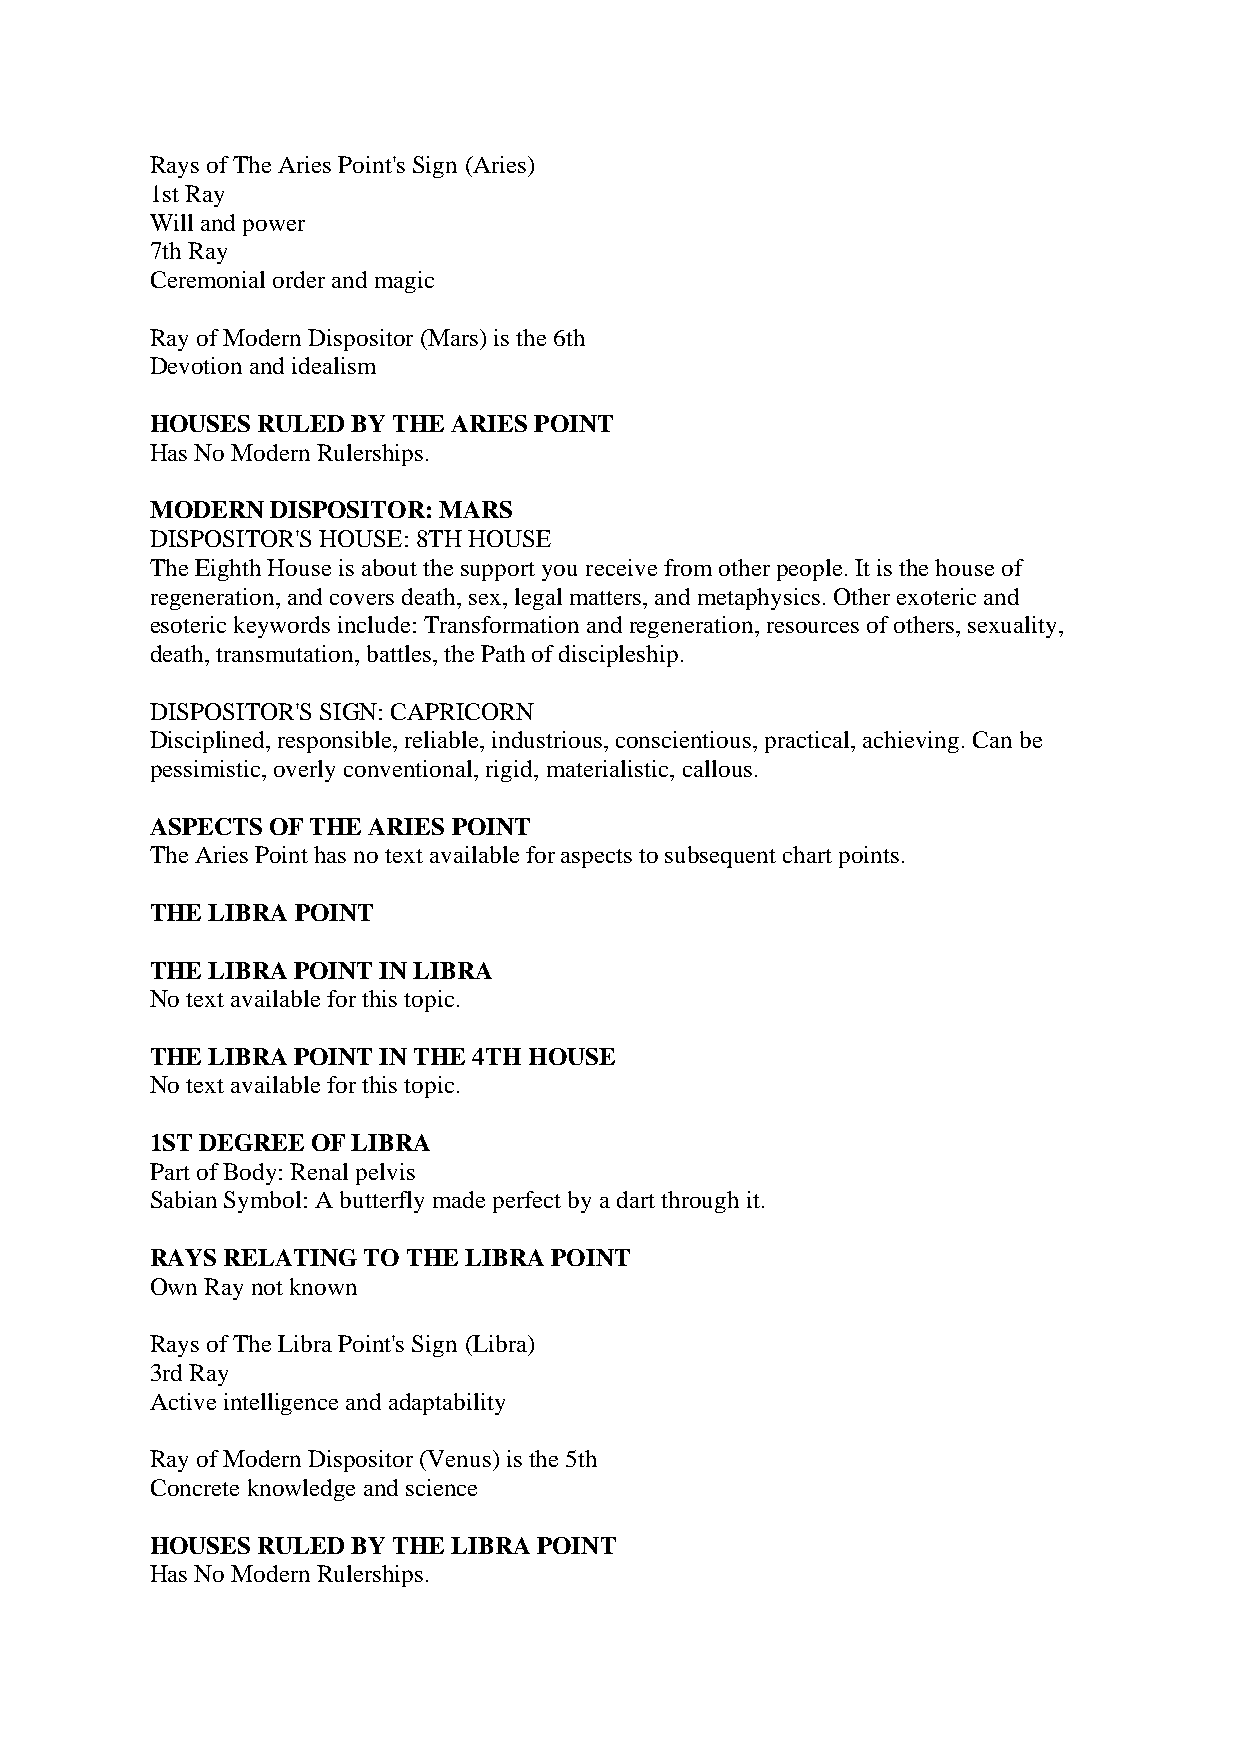
Rays of The Aries Point's Sign (Aries)
 1st Ray
 Will and power
 7th Ray
 Ceremonial order and magic
 Ray of Modern Dispositor (Mars) is the 6th
 Devotion and idealism
 HOUSES RULED BY THE ARIES POINT
 Has No Modern Rulerships.
 MODERN  DISPOSITOR: MARS
 DISPOSITOR'S HOUSE: 8TH HOUSE
 The Eighth House is about the support you receive from other people. It is the house of
 regeneration, and covers death, sex, legal matters, and metaphysics. Other exoteric and
 esoteric keywords include: Transformation and regeneration, resources of others, sexuality,
 death, transmutation, battles, the Path of discipleship.
 DISPOSITOR'S SIGN: CAPRICORN
 Disciplined, responsible, reliable, industrious, conscientious, practical, achieving. Can be
 pessimistic, overly conventional, rigid, materialistic, callous.
 ASPECTS OF THE ARIES POINT
 The Aries Point has no text available for aspects to subsequent chart points.
 THE LIBRA POINT
 THE LIBRA POINT IN LIBRA
 No text available for this topic.
 THE LIBRA POINT IN THE 4TH HOUSE
 No text available for this topic.
 1ST DEGREE OF LIBRA
 Part of Body: Renal pelvis
 Sabian Symbol: A butterfly made perfect by a dart through it.
 RAYS RELATING TO THE LIBRA POINT
 Own Ray not known
 Rays of The Libra Point's Sign (Libra)
 3rd Ray
 Active intelligence and adaptability
 Ray of Modern Dispositor (Venus) is the 5th
 Concrete knowledge and science
 HOUSES RULED BY THE LIBRA POINT
 Has No Modern Rulerships.